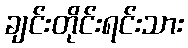
ချင်းတိုင်းရင်းသား